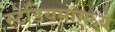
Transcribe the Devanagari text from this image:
स्टेडियमांमध्ये